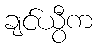
ချင်ယွီက